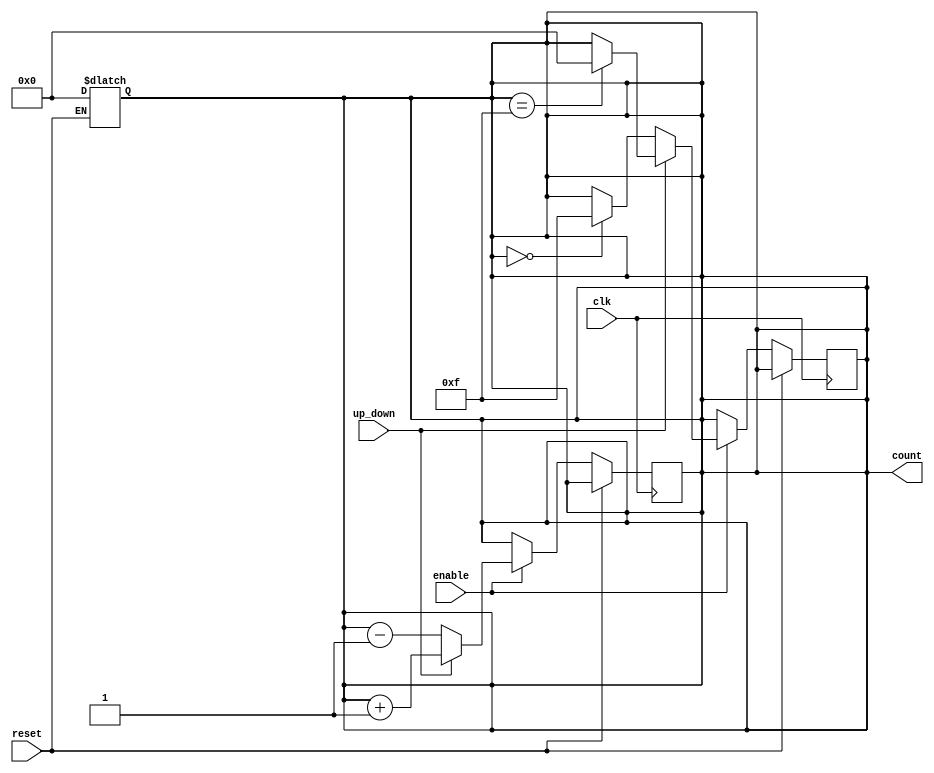
module UpDownCounter #(
    parameter N = 4  // Parameter for the bit-width of the counter
)(
    input wire clk,
    input wire reset,
    input wire up_down,  // 1 for counting up, 0 for counting down
    input wire enable,
    output reg [N-1:0] count
);

    // Reset condition is asynchronous
    always @(*)
    begin
        if (reset) 
            count = 0;  // Reset the counter to zero
        else 
            count = count; // Hold current value
    end

    // Sequential logic for counting
    always @(posedge clk) 
    begin
        if (!reset) // Check for reset status
        begin
            if (enable) // Check if enable is high
            begin
                if (up_down) // Count up
                begin
                    count <= count + 1; 
                end
                else // Count down
                begin
                    count <= count - 1;
                end
            end
            // If enable is low, do nothing (hold value)
        end
    end

    // Ensure wrapping functionality - Count should wrap using modulo
    always @(posedge clk) 
    begin
        if (!reset) 
        begin
            if (enable) 
            begin
                if (up_down) 
                begin
                    if (count == {N{1'b1}}) // Maximum value (all bits high)
                        count <= 0; // Wrap around to zero
                end
                else 
                begin
                    if (count == 0)
                        count <= {N{1'b1}}; // Wrap around to max value
                end
            end
        end
    end

endmodule